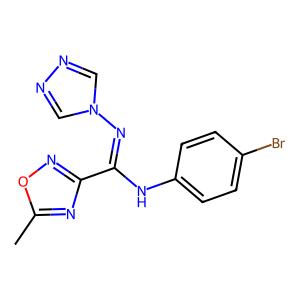
SMILES: Cc1nc(C(=Nn2cnnc2)Nc2ccc(Br)cc2)no1
Inhibits HIV replication: No